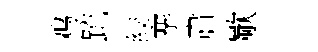
鸡䟽絞搴肅歜